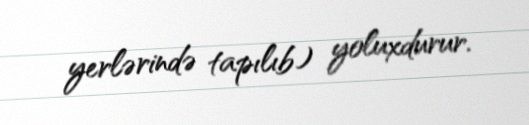
yerlərində tapılıb) yoluxdurur.